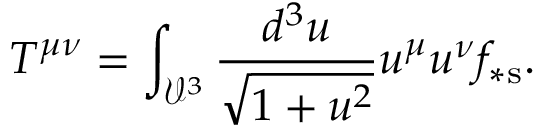
T ^ { \mu \nu } = \int _ { \mathcal { V } ^ { 3 } } \frac { d ^ { 3 } u } { \sqrt { 1 + u ^ { 2 } } } u ^ { \mu } u ^ { \nu } f _ { \ast \mathrm { s } } .